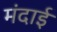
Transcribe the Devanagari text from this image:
मंदाई